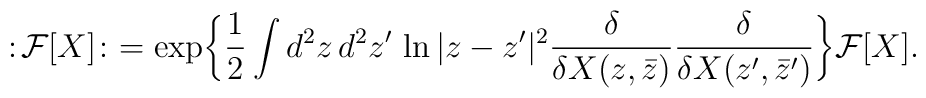
:\! {\cal F}[X] \! :\ =\exp\biggl\{ \frac{1}{2} \int d^2z\,d^2 z' \, \ln|z-z'|^2\frac{\delta}{\delta X(z,\bar z)}\frac{\delta}{\delta X(z',\bar z')} \biggr\}{\cal F}[X].